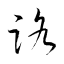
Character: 路